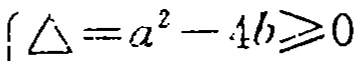
\(\left\{\begin{array}{l}\Delta =a^{2}-4b\geqslant0\end{array}\right.\)